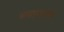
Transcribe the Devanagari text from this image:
कळ्यांनी